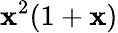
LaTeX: \mathbf{x}^{2}(1+\mathbf{x})